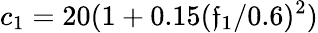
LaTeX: c_{1}=20(1+0.15({\mathfrak{f}_{1}}/{0.6})^{2})